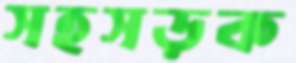
সহসড়ক